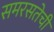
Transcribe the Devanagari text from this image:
समरसतेची